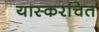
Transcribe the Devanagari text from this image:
यास्करचित